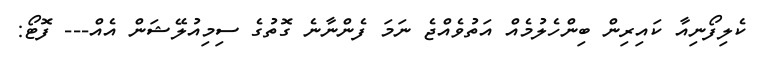
ކެލިފޯނިއާ ކައިރިން ބިންހެލުމެއް އަތުވެއްޖެ ނަމަ ފެންނާނެ ގޮތުގެ ސިމިއުލޭޝަން އެއް--- ފޮޓޯ: